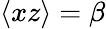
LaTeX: \langle xz\rangle=\beta